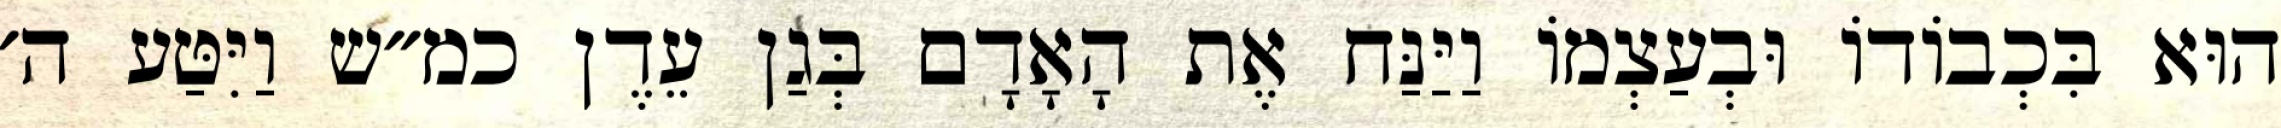
הוּא בִּכְבוֹדוֹ וּבְעַצְמוֹ וַיַּנַּח אֶת הָאָדָם בְּגַן עֵדֶן כמ״ש וַיִּטַּע ה׳